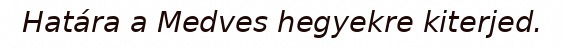
Határa a Medves hegyekre kiterjed.